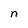
Character: n